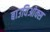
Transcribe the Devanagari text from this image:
बाउविओक्स